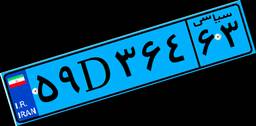
۰۸D۰۹۰۸۷